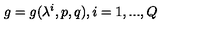
g = g ( \lambda ^ { i } , p , q ) , i = 1 , . . . , Q